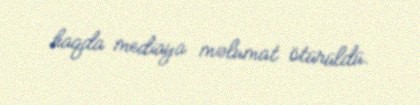
haqda mediaya məlumat ötürüldü.